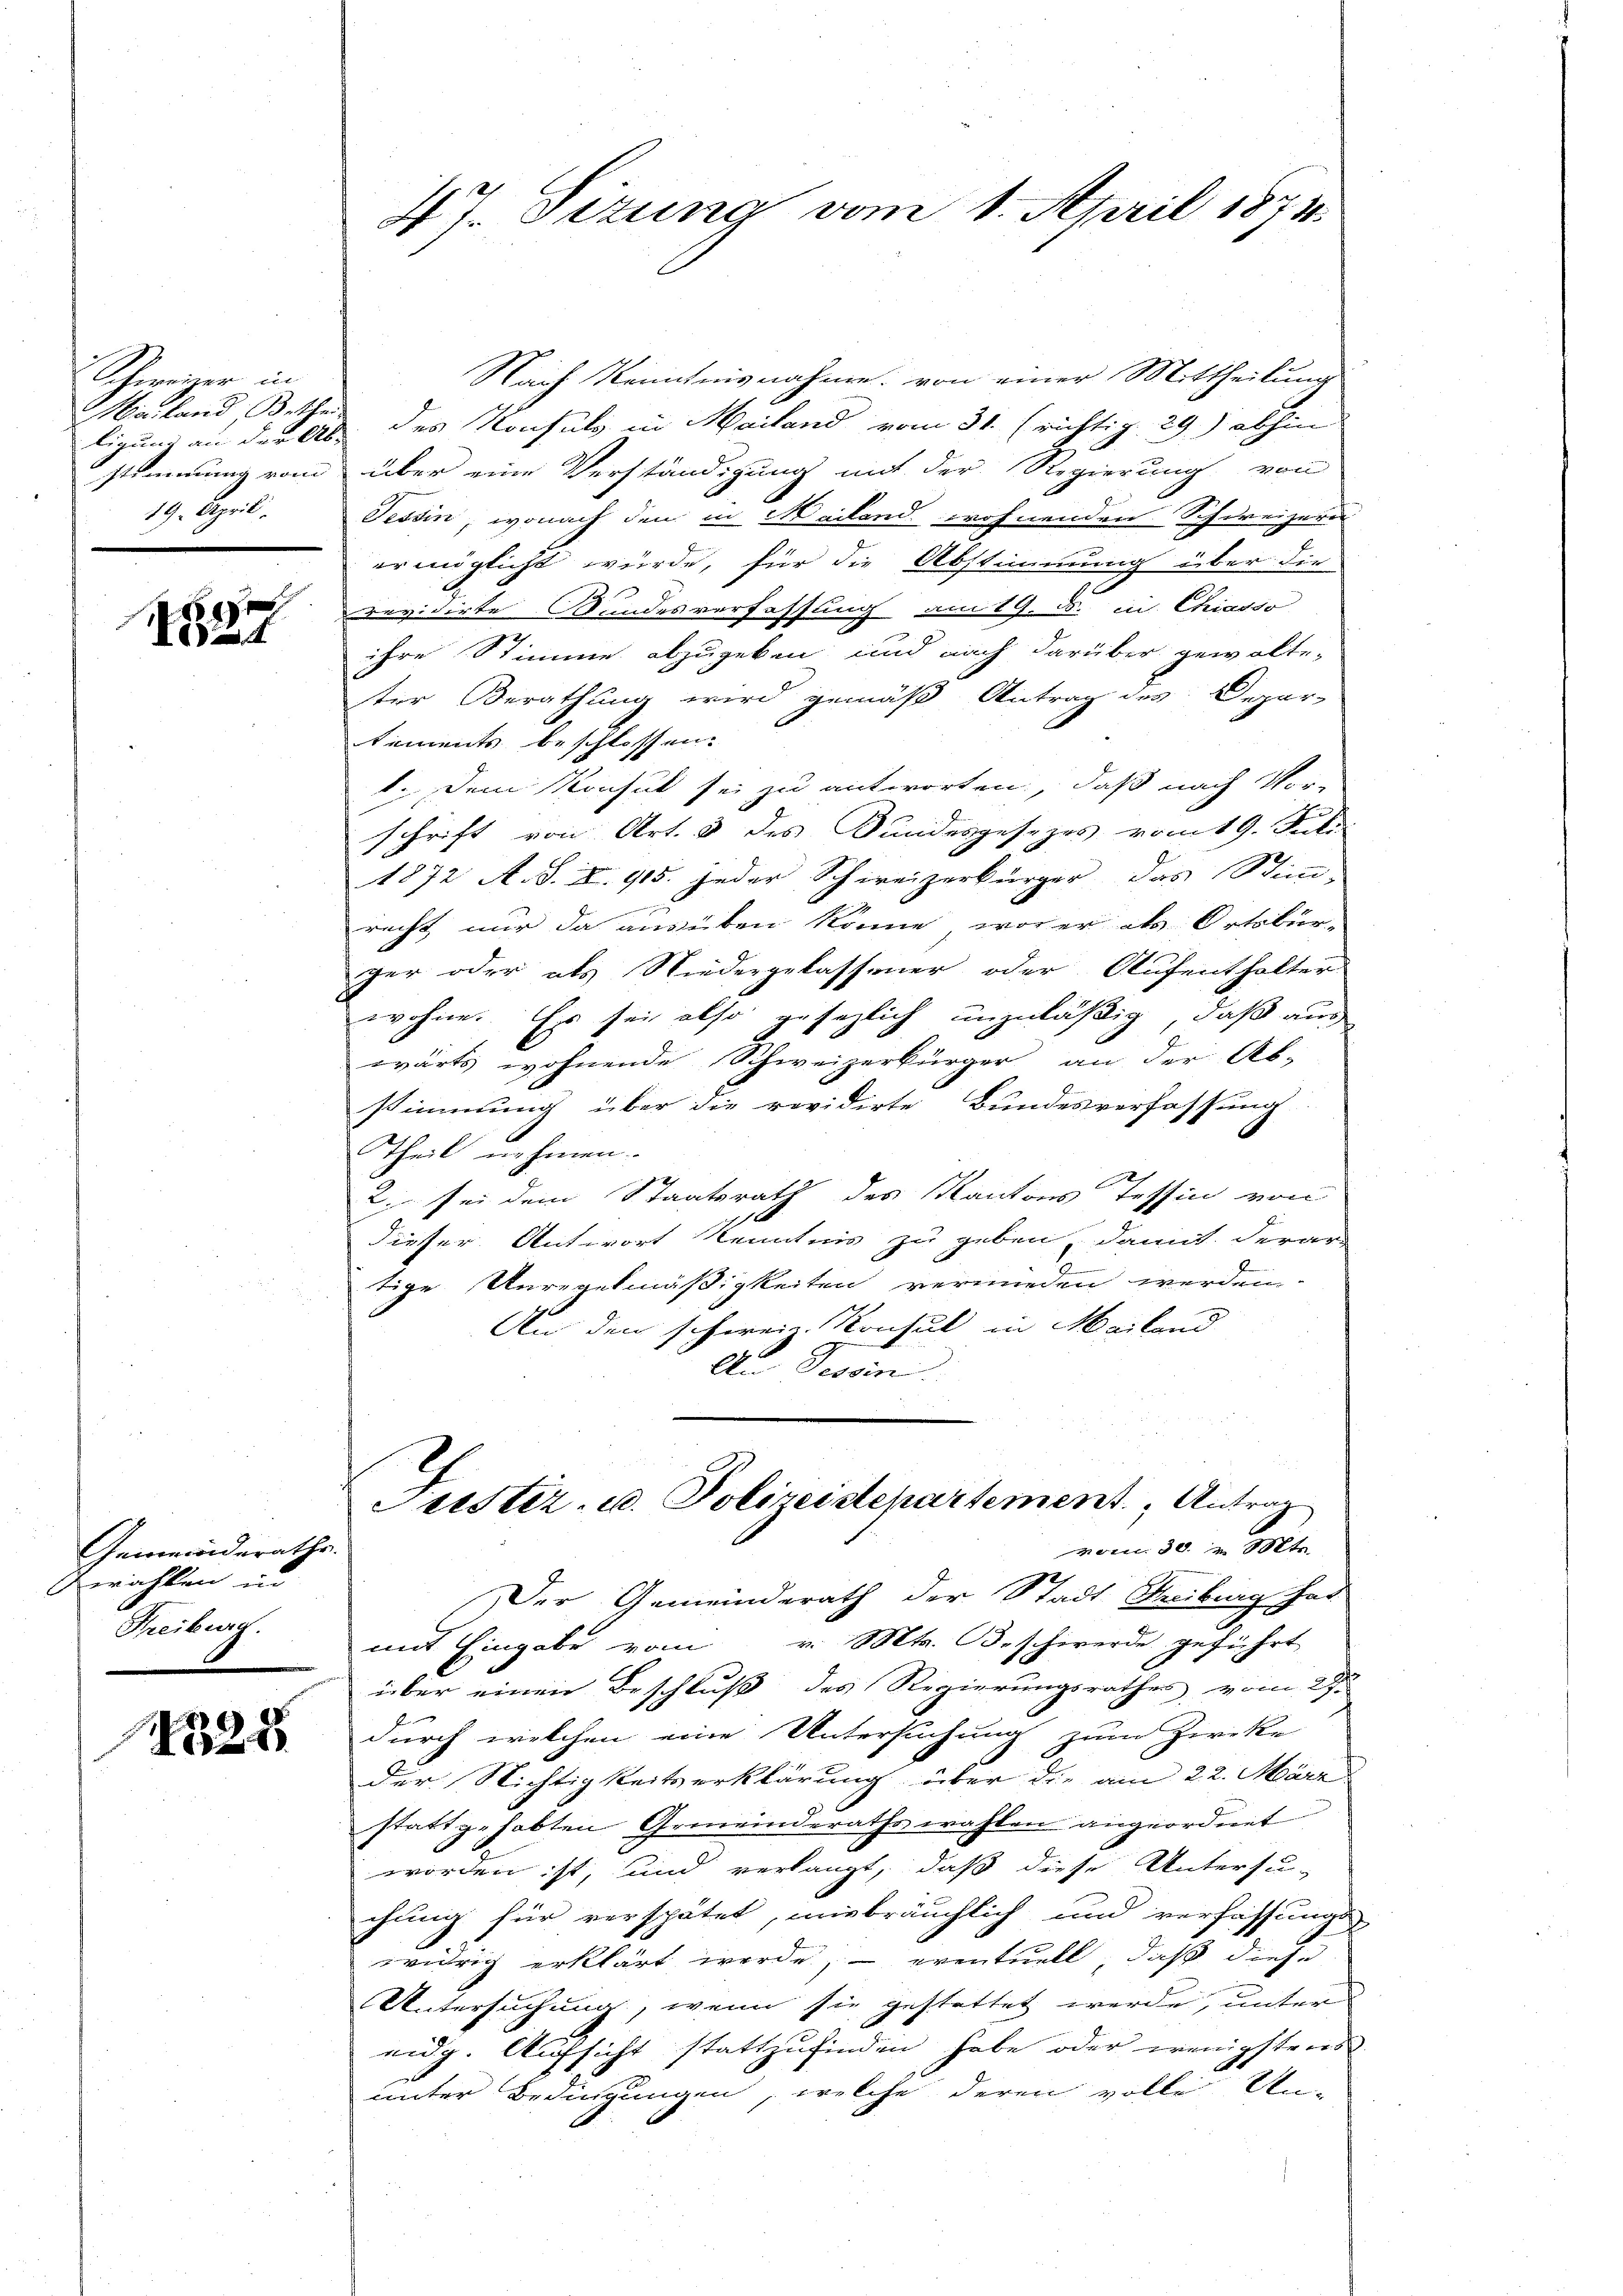
Schweizer in
Mailand, Betheil
stimmung vom
19. April.

1

Gemeinderathe
erachten und
Freiburg.

225

47. Sizung vom 1. April 1874.

Nach Kenntnisnahme von einer Mittheilung
ligung an der Ab des Konsuls in Mailand vom 31. (richtig 29) abhin
über eine Verständigung mit der Regierung von
Tessin, wonach den in Mailand wohnenden Schweizern
er möglicht würde, für die Abstimmung über die
revidirte Bundesverfassung am 19. B. in Chiasso
ihre Stimme abzugeben und nach darüber gewalte-
ter Berathung wird gemäß Antrag des Depar-
tements beschlossen.
1. Dem Konsul sei zu antworten, daß nach Vor-
schrift von Art. 3 des Bundesgesezes vom 19. Juli
1872 A. S. I. 915. Jeder Schweizerbürger das Stimm-
recht nur da ausüben könne, wo er als Ortsbür-
ger oder als Niedergelassener oder Aufenthalter
wohne. Er sei also gesezlich unzuläßig, daß aus
wärts wohnende Schweizerbürger an der Ab-
stimmung über die revidirte Bundesverfassung
Theil nehmen.
2. sei dem Staatsrath des Kantons Tessin von
dieser Antwort Kenntnis zu geben, damit derar-
tige Unregelmäßigkeiten vermieden werden.
An den schwere Konsul in Mailand
An Tessin
Justiz- u. Polizeidepartement Antrag
3.
von 30. v. Ste
Der Gemeinderath der Stadt Freiburg hat
mit Eingabe vom v. Mts. B. schwerde geführt
über einen Beschluß des Regierungsrathes vom 27.
durch welchen eine Untersuchung zum Zwecke
der Nichtigkeitserklärung über die am 22. März
stattgehabten Gemeinderaths wahlen angeordnet
worden ist, und verlangt, daß diese Untersu-
chung für verspätet, misbräuchlich und verfassungs
widrig erklärt werde, – eventuell, daß diese
Untersuchung, wenn sie gestattet werde, unter
eidg. Aufsicht stattzufinden habe oder wenigstens
unter Bedingungen, welche deren volle Un-